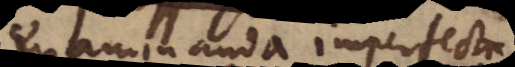
examinanda imperfecta